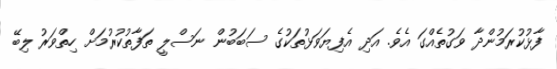
ފާޅުކުރަމުންދާ ވަގުތެއްގަ އެވެ. އަދި އެފިޔަވަޅުތަކުގެ ސަބަބުން ނަސްލީ ތަފާތުކުރުމަށް ހިތްވަރު ލިބޭ